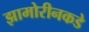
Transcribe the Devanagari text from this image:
झामोरीनकडे